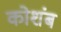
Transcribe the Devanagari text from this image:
कोशंब